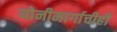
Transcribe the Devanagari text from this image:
योनीमार्गाचीही